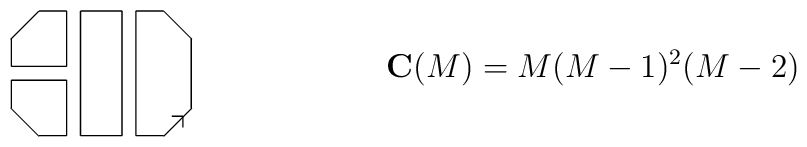
\raisebox{-22pt}{\begin{picture}(66.00,46.00)\put(66.00,36.00){\line(-1,1){10.00}}\put(11.00,46.00){\line(-1,-1){10.00}}\put(1.00,11.00){\line(1,-1){10.00}}\put(56.00,1.00){\line(1,1){10.00}}\put(63.00,8.00){\line(-1,0){4.00}}\put(63.00,8.00){\line(0,-1){4.00}}\put(56.00,1.00){\line(-1,0){10.00}}\put(46.00,46.00){\line(1,0){10.00}}\put(11.00,46.00){\line(1,0){10.00}}\put(21.00,46.00){\line(0,-1){20.00}}\put(21.00,26.00){\line(-1,0){20.00}}\put(1.00,26.00){\line(0,1){10.00}}\put(1.00,11.00){\line(0,1){10.00}}\put(1.00,21.00){\line(1,0){20.00}}\put(21.00,21.00){\line(0,-1){20.00}}\put(21.00,1.00){\line(-1,0){10.00}}\put(66.00,36.00){\line(0,-1){25.00}}\put(46.00,1.00){\line(0,1){45.00}}\put(26.00,46.00){\line(1,0){15.00}}\put(41.00,46.00){\line(0,-1){45.00}}\put(41.00,1.00){\line(-1,0){15.00}}\put(26.00,1.00){\line(0,1){45.00}}\end{picture}}\qquad\qquad\qquad\mathbf{C}(M)=M(M-1)^2(M-2)\qquad\qquad\qquad